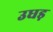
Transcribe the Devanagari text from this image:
उधड़